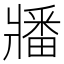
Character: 𬌌